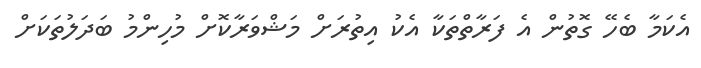
އެކަމާ ބެހޭ ގޮތުން އެ ފަރާތްތަކާ އެކު އިތުރަށް މަޝްވަރާކޮށް މުހިންމު ބަދަލުތަކަށް